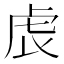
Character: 𧆝